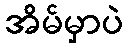
အိမ်မှာပဲ